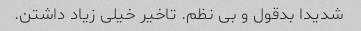
شدیدا بدقول و بی نظم. تاخیر خیلی زیاد داشتن.